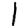
Digit: 1